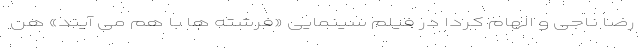
رضا ناجی و الهام کردا در فیلم سینمایی «فرشته ها با هم می آیند» هن